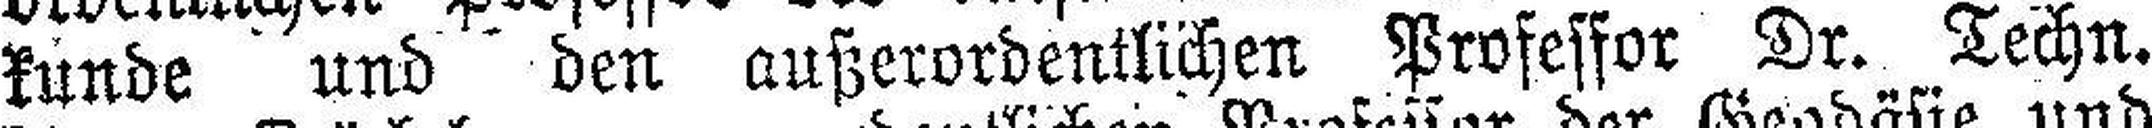
kunde und den außerordentlichen Professor Dr. Techn.